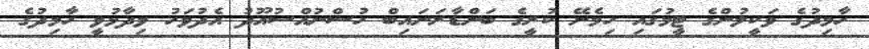
ހާމިދުގެ ވަކީލުންގެ ޓީމުގައި ހިމެނޭ ކުރީގެ ބަންޑާރަނައިބް ހުސްނުއްސުއޫދު އެދުވަހު ވިދާޅުވީ ހާމިދުގެ